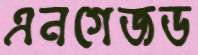
এনগেজড